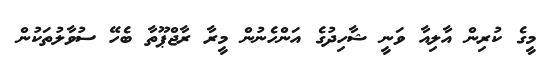
މީގެ ކުރިން އާލިއާ ވަނީ ޝާހިދުގެ އަންހެނުން މީރާ ރާޖްޕޫތާ ބެހޭ ސުވާލުތަކުން